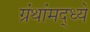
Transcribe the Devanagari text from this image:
ग्रंथांमद्ध्ये